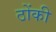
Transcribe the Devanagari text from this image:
ठोंकी